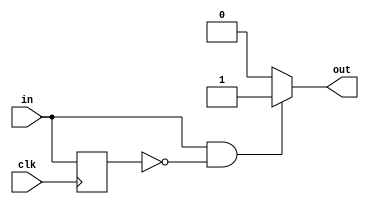
/*
   This file was generated automatically by Alchitry Labs version 1.2.1.
   Do not edit this file directly. Instead edit the original Lucid source.
   This is a temporary file and any changes made to it will be destroyed.
*/

/*
   Parameters:
     RISE = 1
     FALL = 0
*/
module edge_detector_2 (
    input clk,
    input in,
    output reg out
  );
  
  localparam RISE = 1'h1;
  localparam FALL = 1'h0;
  
  
  reg M_last_d, M_last_q = 1'h0;
  
  always @* begin
    M_last_d = M_last_q;
    
    out = 1'h0;
    M_last_d = in;
    if (1'h1) begin
      if (in == 1'h1 && M_last_q == 1'h0) begin
        out = 1'h1;
      end
    end
    if (1'h0) begin
      if (in == 1'h0 && M_last_q == 1'h1) begin
        out = 1'h1;
      end
    end
  end
  
  always @(posedge clk) begin
    M_last_q <= M_last_d;
  end
  
endmodule